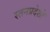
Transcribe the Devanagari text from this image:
स्तनप्रदेशों